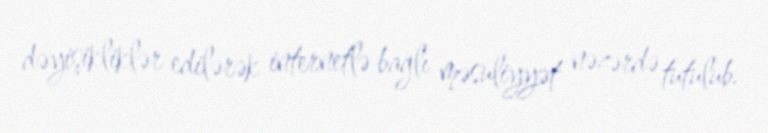
dəyişikliklər edilərək internetlə bağlı məsuliyyət nəzərdə tutulub.